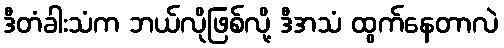
ဒီတံခါးသံက ဘယ်လိုဖြစ်လို့ ဒီအသံ ထွက်နေတာလဲ